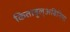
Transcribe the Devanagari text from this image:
किताबुल्अबिनिया